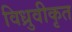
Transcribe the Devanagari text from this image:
विध्रुवीकृत